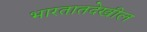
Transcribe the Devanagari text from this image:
भारतातदेखील